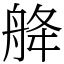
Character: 舽